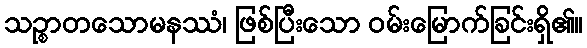
သဉ္စာတသောမနဿံ၊ ဖြစ်ပြီးသော ဝမ်းမြောက်ခြင်းရှိ၏။